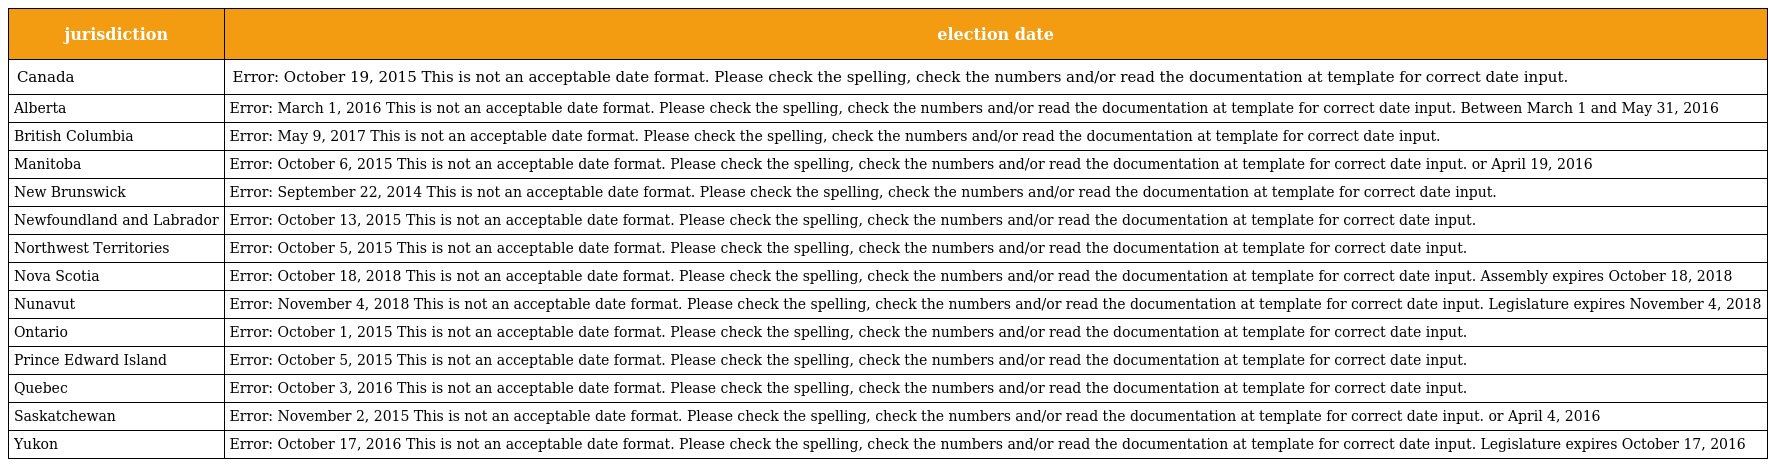
| jurisdiction | election date |
 | --- | --- |
 | Canada | Error: October 19, 2015 This is not an acceptable date format. Please check the spelling, check the numbers and/or read the documentation at template for correct date input. |
 | Alberta | Error: March 1, 2016 This is not an acceptable date format. Please check the spelling, check the numbers and/or read the documentation at template for correct date input. Between March 1 and May 31, 2016 |
 | British Columbia | Error: May 9, 2017 This is not an acceptable date format. Please check the spelling, check the numbers and/or read the documentation at template for correct date input. |
 | Manitoba | Error: October 6, 2015 This is not an acceptable date format. Please check the spelling, check the numbers and/or read the documentation at template for correct date input. or April 19, 2016 |
 | New Brunswick | Error: September 22, 2014 This is not an acceptable date format. Please check the spelling, check the numbers and/or read the documentation at template for correct date input. |
 | Newfoundland and Labrador | Error: October 13, 2015 This is not an acceptable date format. Please check the spelling, check the numbers and/or read the documentation at template for correct date input. |
 | Northwest Territories | Error: October 5, 2015 This is not an acceptable date format. Please check the spelling, check the numbers and/or read the documentation at template for correct date input. |
 | Nova Scotia | Error: October 18, 2018 This is not an acceptable date format. Please check the spelling, check the numbers and/or read the documentation at template for correct date input. Assembly expires October 18, 2018 |
 | Nunavut | Error: November 4, 2018 This is not an acceptable date format. Please check the spelling, check the numbers and/or read the documentation at template for correct date input. Legislature expires November 4, 2018 |
 | Ontario | Error: October 1, 2015 This is not an acceptable date format. Please check the spelling, check the numbers and/or read the documentation at template for correct date input. |
 | Prince Edward Island | Error: October 5, 2015 This is not an acceptable date format. Please check the spelling, check the numbers and/or read the documentation at template for correct date input. |
 | Quebec | Error: October 3, 2016 This is not an acceptable date format. Please check the spelling, check the numbers and/or read the documentation at template for correct date input. |
 | Saskatchewan | Error: November 2, 2015 This is not an acceptable date format. Please check the spelling, check the numbers and/or read the documentation at template for correct date input. or April 4, 2016 |
 | Yukon | Error: October 17, 2016 This is not an acceptable date format. Please check the spelling, check the numbers and/or read the documentation at template for correct date input. Legislature expires October 17, 2016 |